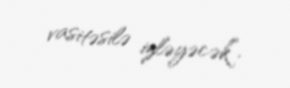
vasitəsilə izləyəcək”.